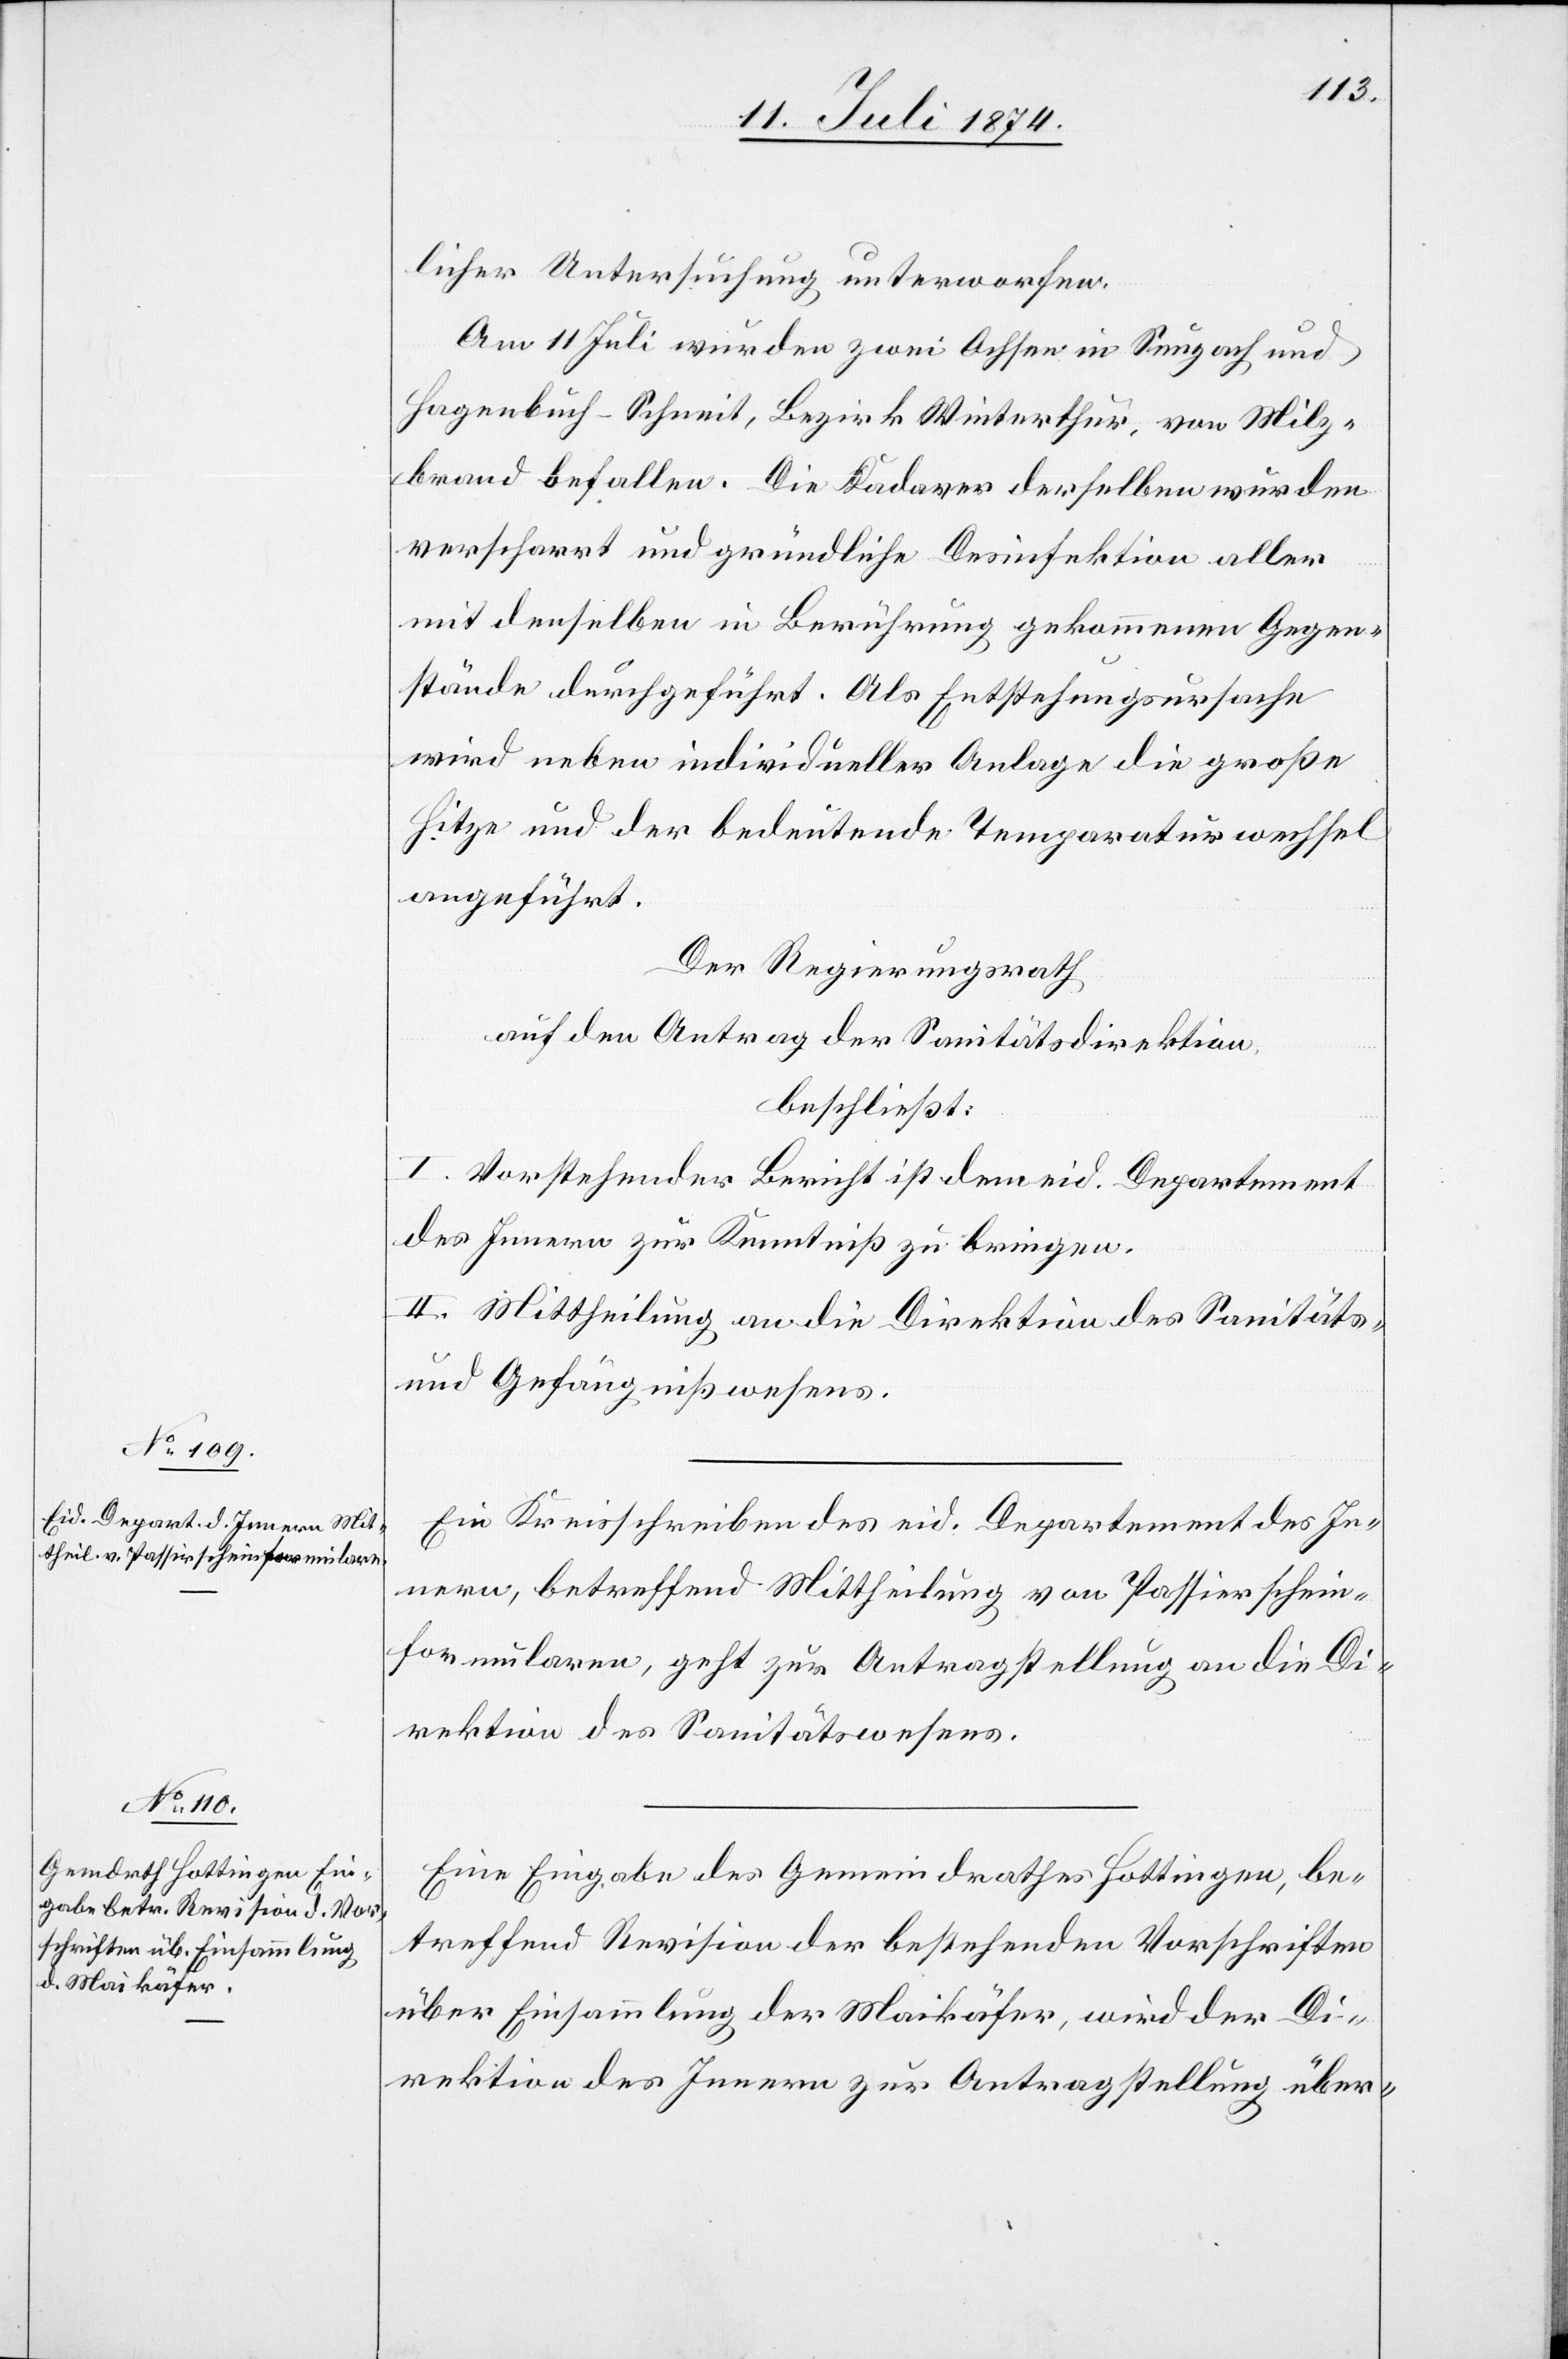
15. Juli 1874]
licher Untersuchung unterworfen.
Am 11. Juli wurden zwei Ochsen in Seuzach und
Hagenbuch-Schneit, Bezirk Winterthur, von Milz¬
brand befallen. Die Kadaver derselben wurden
verscharrt und gründliche Desinfektion aller
mit denselben in Berührung gekommenen Gegen¬
stände durchgeführt. Als Entstehungsursache
wird neben individueller Anlage die große
Hitze und der bedeutende Temperaturwechsel
angeführt.
Der Regierungsrath,
auf den Antrag der Sanitätsdirektion,
beschließt:
I. Vorstehender Bericht ist dem eid. Departement
des Innern zur Kenntniß zu bringen.
II. Mittheilung an die Direktion des Sanitäts-
und Gefängnißwesens.
Ein Kreisschreiben des eid. Departement des In¬
nern, betreffend Mittheilung von Passierschein¬
formularen, geht zur Antragstellung an die Di¬
rektion des Sanitätswesens.
Eine Eingabe des Gemeindrathes Hottingen, be¬
treffend Revision der bestehenden Vorschriften
über Einsammlung der Maikäfer, wird der Di¬
rektion des Innern zur Antragstellung über-